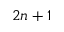
2 n + 1